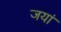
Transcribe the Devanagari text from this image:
जयां